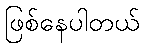
ဖြစ်နေပါတယ်